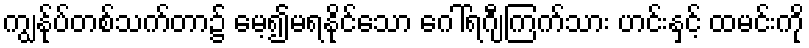
ကျွန်ုပ်တစ်သက်တာ၌ မေ့၍မရနိုင်သော ဂေါ်ရဂျီကြက်သား ဟင်းနှင့် ထမင်းကို